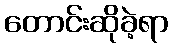
တောင်းဆိုခဲ့ရာ